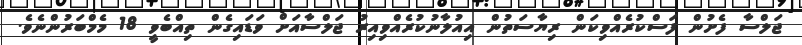
ޖަލްސާ ފެށުން ފަސްކުރެއްވިކަން ރިޔާސަތުން އިއުލާނުކުރެއްވިއިރު ޖަލްސާއަށް ވަޑައިގެން ތިއްބެވީ 18 މެމްބަރުންނެވެ.